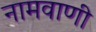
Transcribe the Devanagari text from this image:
नामवाणी